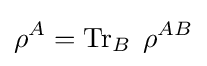
\rho ^{A}=\operatorname {Tr} _{B}\;\rho ^{AB}